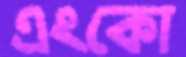
এংকো